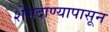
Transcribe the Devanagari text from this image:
शेंगदाण्यापासून